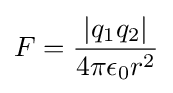
F={\frac {|q_{1}q_{2}|}{4\pi \epsilon _{0}r^{2}}}